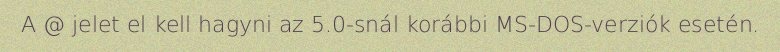
A @ jelet el kell hagyni az 5.0-snál korábbi MS-DOS-verziók esetén.